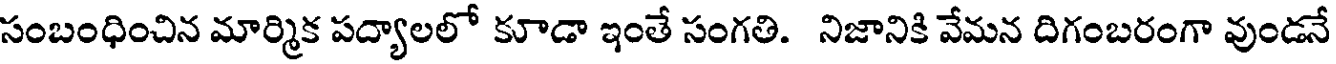
సంబంధించిన మార్మిక పద్యాలలో కూడా ఇంతే సంగతి. నిజానికి వేమన దిగంబరంగా వుండనే